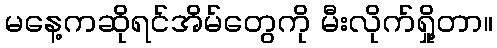
မနေ့ကဆိုရင်အိမ်တွေကို မီးလိုက်ရှို့တာ။